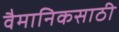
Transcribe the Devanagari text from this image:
वैमानिकसाठी